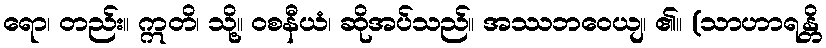
ရော၊ တည်း။ ဣတိ၊ သို့။ ဝစနီယံ၊ ဆိုအပ်သည်။ အဿဘဝေယျ၊ ၏။ (သာဟာရန္တိ